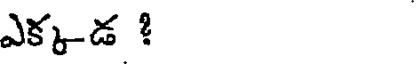
ఎక్కడ